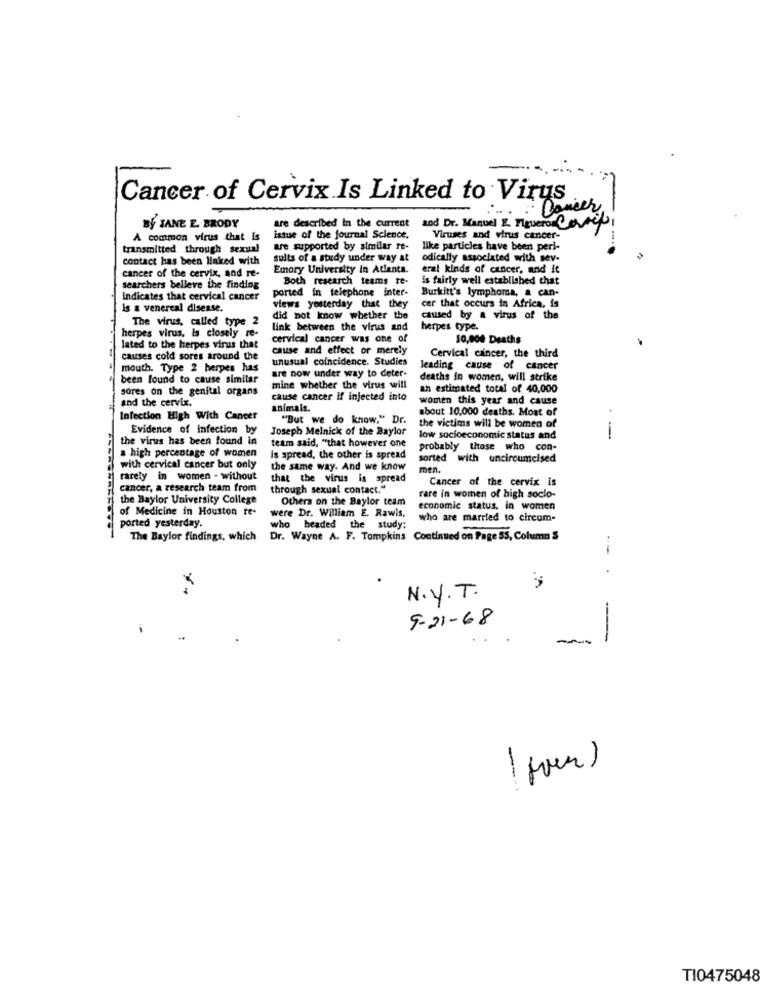
Cancer of Cervix Is Linked to Virus
Cancer
and Dr. Manuel . Figuero Carril
BY JANE E. BRODY
are described in the current
A common virus that is
issue of the journal Science,
Viruses and virus cancer-
transmitted through sexual
are supported by similar re-
like particles have been peri-
contact has been linked with
sults of a study under way at
odically associated with sev-
Emory University In Atlanta.
erat kinds of cancer, and it
cancer of the cervix, and re-
Both research teams re-
is fairly well established that
searchers belleve the findlog
ported in telephone inter-
Burkitt's lymphoma, a can-
Indicates that cervical cancer
cer that occurs in Africa, is
is & venereal disease.
views yesterday that they
The virus, called type 2
did not know whether the
caused by a virus of the
link between the virus and
herpes type.
herpes virus, is closely re-
cervical cancer was one of
10,000 Deaths
lated to the herpes virus that
cause and effect or merely
causes cold sores around the
unusual coincidence. Studies
Cervical cancer, the third
mouth. Type 2 herpes has
leading cause of cancer
been found to cause similar
are now under way to deter-
deaths in women, will strike
sores on the genital organs
mine whether the virus will
an estimated total of 40,000
and the cervix.
cause cancer If injected into
women this year and cause
animals.
about 10,000 deaths. Most of
Infection High With Cancer
"But we do know." Dr.
Evidence of infection by
Joseph Melnick of the Baylor
the victims will be women of
the virus has been found in
low socioeconomic status and
team said, "that however one
probably those who con-
a high percentage of women
is spread, the other is spread
sorted with uncircumcised
with cervical cancer but only
the same way. And we know
men.
rarely in women - without
that the virus is spread
Cancer of the cervix is
cancer, a research team from
through sexual contact."
the Baylor University College
Others on the Baylor team
rare in women of high soclo-
of Medicine in Houston re-
economic status, in women
were Dr. William E. Rawis.
who are married to circum-
ported yesterday.
who headed the study:
The Baylor findings, which
Dr. Wayne A. F. Tompkins Continued on Page 55, Column S
.A
N.Y.T.
9-21-68
-
--
----
TI0475048